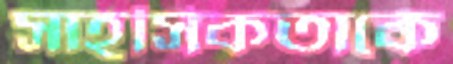
সাহসিকতাকে